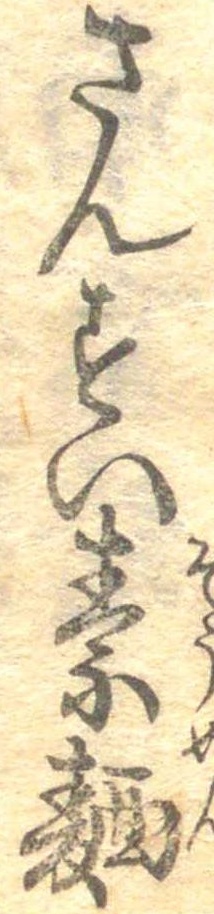
さんすい素麺